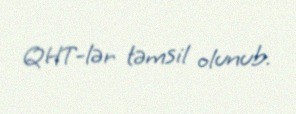
QHT-lər təmsil olunub.